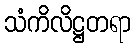
သံကိလိဋ္ဌတရာ